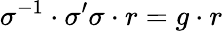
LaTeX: \sigma^{-1}\cdot\sigma^{\prime}\sigma\cdot r=g\cdot r